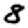
Digit: 8